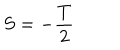
S = - \frac T 2